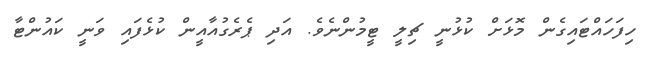
ހިފަހައްޓައިގެން މޮޅަށް ކުޅުނީ ޗިލީ ޓީމުންނެވެ. އަދި ޕެރެގުއާއީން ކުޅެފައި ވަނީ ކައުންޓާ